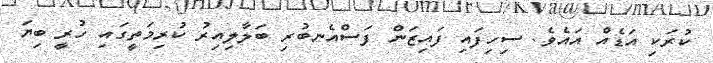
ކުރަކި އަޑެއް އައެވެ. ސިހިފައި ފައިޒަން ފަސްއެނބުރި ބަލާލިއިރު ކުރިމަތީގައި ހުރީ ބިޔަ